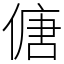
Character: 傏